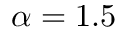
\alpha = 1 . 5